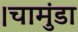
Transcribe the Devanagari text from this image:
।चामुंडा